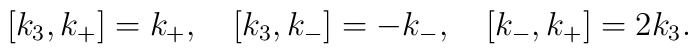
[k_3, k_+]=k_+, \quad [k_3, k_-]=-k_-, \quad [k_-, k_+]=2k_3.